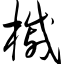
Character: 槭